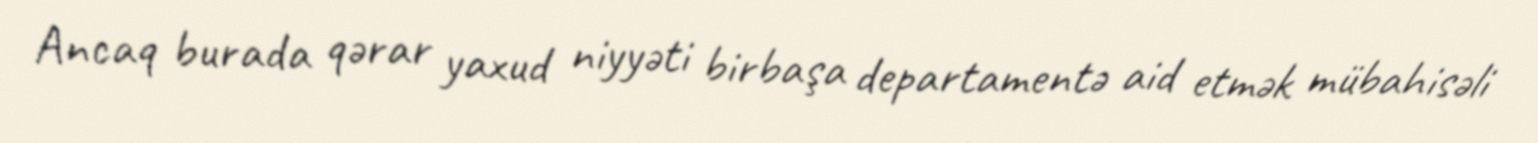
Ancaq burada qərar yaxud niyyəti birbaşa departamentə aid etmək mübahisəli